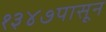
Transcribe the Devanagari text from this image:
१३४७पासून